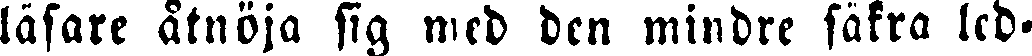
läsare åtnöja sig med den mindre säkra led-